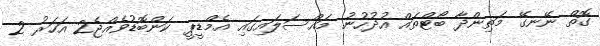
ގޮތް ނޭނގޭ މަތިންދާ ބޯޓްތައް އުދުހުނު މައްސަލައިގައި އެމްޑީޕީ ކަންބޮޑުވެއްޖެ2 އަހަރު 2